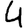
Digit: 4